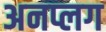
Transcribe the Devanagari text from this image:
अनप्लग